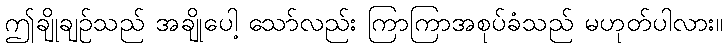
ဤချိုချဉ်သည် အချိုပေါ့ သော်လည်း ကြာကြာအစုပ်ခံသည် မဟုတ်ပါလား။